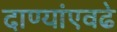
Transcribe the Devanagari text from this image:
दाण्यांएवढे